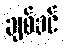
ချစ်ခင်